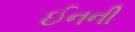
ઈનની